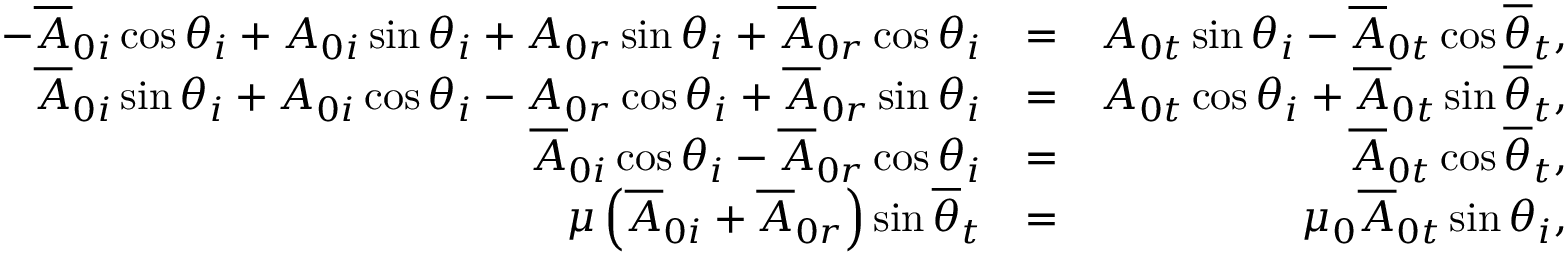
\begin{array} { r l r } { - \overline { { A } } _ { 0 i } \cos \theta _ { i } + A _ { 0 i } \sin \theta _ { i } + A _ { 0 r } \sin \theta _ { i } + \overline { { A } } _ { 0 r } \cos \theta _ { i } } & { = } & { A _ { 0 t } \sin \theta _ { i } - \overline { { A } } _ { 0 t } \cos \overline { { \theta } } _ { t } , } \\ { \overline { { A } } _ { 0 i } \sin \theta _ { i } + A _ { 0 i } \cos \theta _ { i } - A _ { 0 r } \cos \theta _ { i } + \overline { { A } } _ { 0 r } \sin \theta _ { i } } & { = } & { A _ { 0 t } \cos \theta _ { i } + \overline { { A } } _ { 0 t } \sin \overline { { \theta } } _ { t } , } \\ { \overline { { A } } _ { 0 i } \cos \theta _ { i } - \overline { { A } } _ { 0 r } \cos \theta _ { i } } & { = } & { \overline { { A } } _ { 0 t } \cos \overline { { \theta } } _ { t } , } \\ { \mu \left( \overline { { A } } _ { 0 i } + \overline { { A } } _ { 0 r } \right) \sin \overline { { \theta } } _ { t } } & { = } & { \mu _ { 0 } \overline { { A } } _ { 0 t } \sin \theta _ { i } , } \end{array}